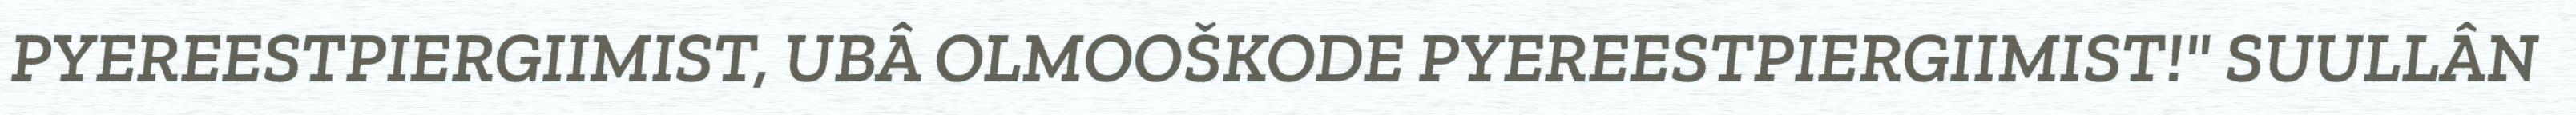
PYEREESTPIERGIIMIST, UBÂ OLMOOŠKODE PYEREESTPIERGIIMIST!" SUULLÂN